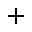
+